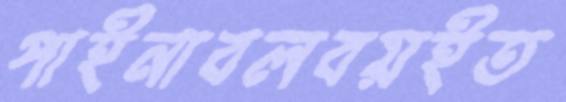
পাইনাবলবয়ইত